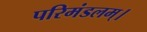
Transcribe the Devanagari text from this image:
परिमंडलम्।